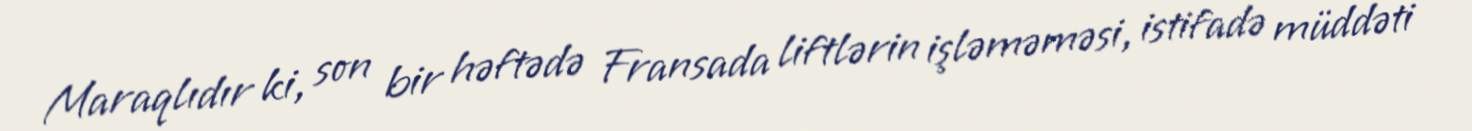
Maraqlıdır ki, son bir həftədə Fransada liftlərin işləməməsi, istifadə müddəti